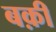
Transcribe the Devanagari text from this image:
बक़ी